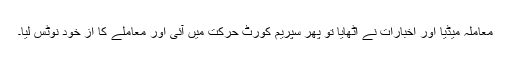
معاملہ میڈیا اور اخبارات نے اٹھایا تو پھر سپریم کورٹ حرکت میں آئی اور معاملے کا از خود نوٹس لیا۔